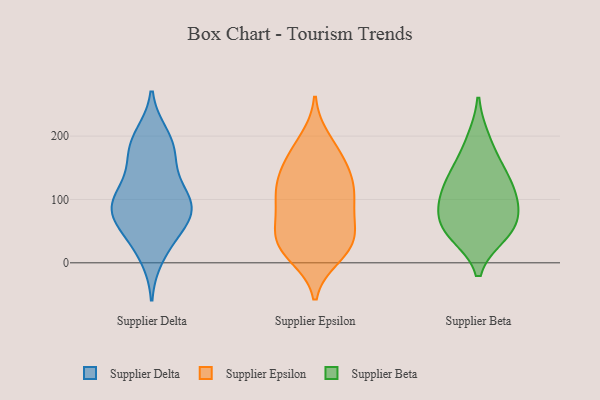
{"axis": {"x": "Satisfaction Score", "y": "Value"}, "legend": ["Supplier Beta", "Supplier Delta", "Supplier Epsilon"], "data": [{"x": "", "y": 188, "type": "Supplier Delta"}, {"x": "", "y": 168, "type": "Supplier Delta"}, {"x": "", "y": 74, "type": "Supplier Delta"}, {"x": "", "y": 90, "type": "Supplier Delta"}, {"x": "", "y": 80, "type": "Supplier Delta"}, {"x": "", "y": 94, "type": "Supplier Delta"}, {"x": "", "y": 53, "type": "Supplier Delta"}, {"x": "", "y": 78, "type": "Supplier Delta"}, {"x": "", "y": 105, "type": "Supplier Delta"}, {"x": "", "y": 139, "type": "Supplier Delta"}, {"x": "", "y": 11, "type": "Supplier Delta"}, {"x": "", "y": 38, "type": "Supplier Delta"}, {"x": "", "y": 200, "type": "Supplier Delta"}, {"x": "", "y": 106, "type": "Supplier Delta"}, {"x": "", "y": 182, "type": "Supplier Delta"}, {"x": "", "y": 112, "type": "Supplier Epsilon"}, {"x": "", "y": 174, "type": "Supplier Epsilon"}, {"x": "", "y": 106, "type": "Supplier Epsilon"}, {"x": "", "y": 33, "type": "Supplier Epsilon"}, {"x": "", "y": 90, "type": "Supplier Epsilon"}, {"x": "", "y": 146, "type": "Supplier Epsilon"}, {"x": "", "y": 23, "type": "Supplier Epsilon"}, {"x": "", "y": 17, "type": "Supplier Epsilon"}, {"x": "", "y": 172, "type": "Supplier Epsilon"}, {"x": "", "y": 30, "type": "Supplier Epsilon"}, {"x": "", "y": 88, "type": "Supplier Epsilon"}, {"x": "", "y": 10, "type": "Supplier Epsilon"}, {"x": "", "y": 136, "type": "Supplier Epsilon"}, {"x": "", "y": 137, "type": "Supplier Epsilon"}, {"x": "", "y": 45, "type": "Supplier Epsilon"}, {"x": "", "y": 57, "type": "Supplier Epsilon"}, {"x": "", "y": 194, "type": "Supplier Epsilon"}, {"x": "", "y": 114, "type": "Supplier Epsilon"}, {"x": "", "y": 60, "type": "Supplier Epsilon"}, {"x": "", "y": 46, "type": "Supplier Beta"}, {"x": "", "y": 99, "type": "Supplier Beta"}, {"x": "", "y": 63, "type": "Supplier Beta"}, {"x": "", "y": 45, "type": "Supplier Beta"}, {"x": "", "y": 195, "type": "Supplier Beta"}, {"x": "", "y": 103, "type": "Supplier Beta"}, {"x": "", "y": 65, "type": "Supplier Beta"}, {"x": "", "y": 110, "type": "Supplier Beta"}, {"x": "", "y": 143, "type": "Supplier Beta"}, {"x": "", "y": 148, "type": "Supplier Beta"}]}